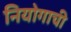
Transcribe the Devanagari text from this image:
नियोगाची